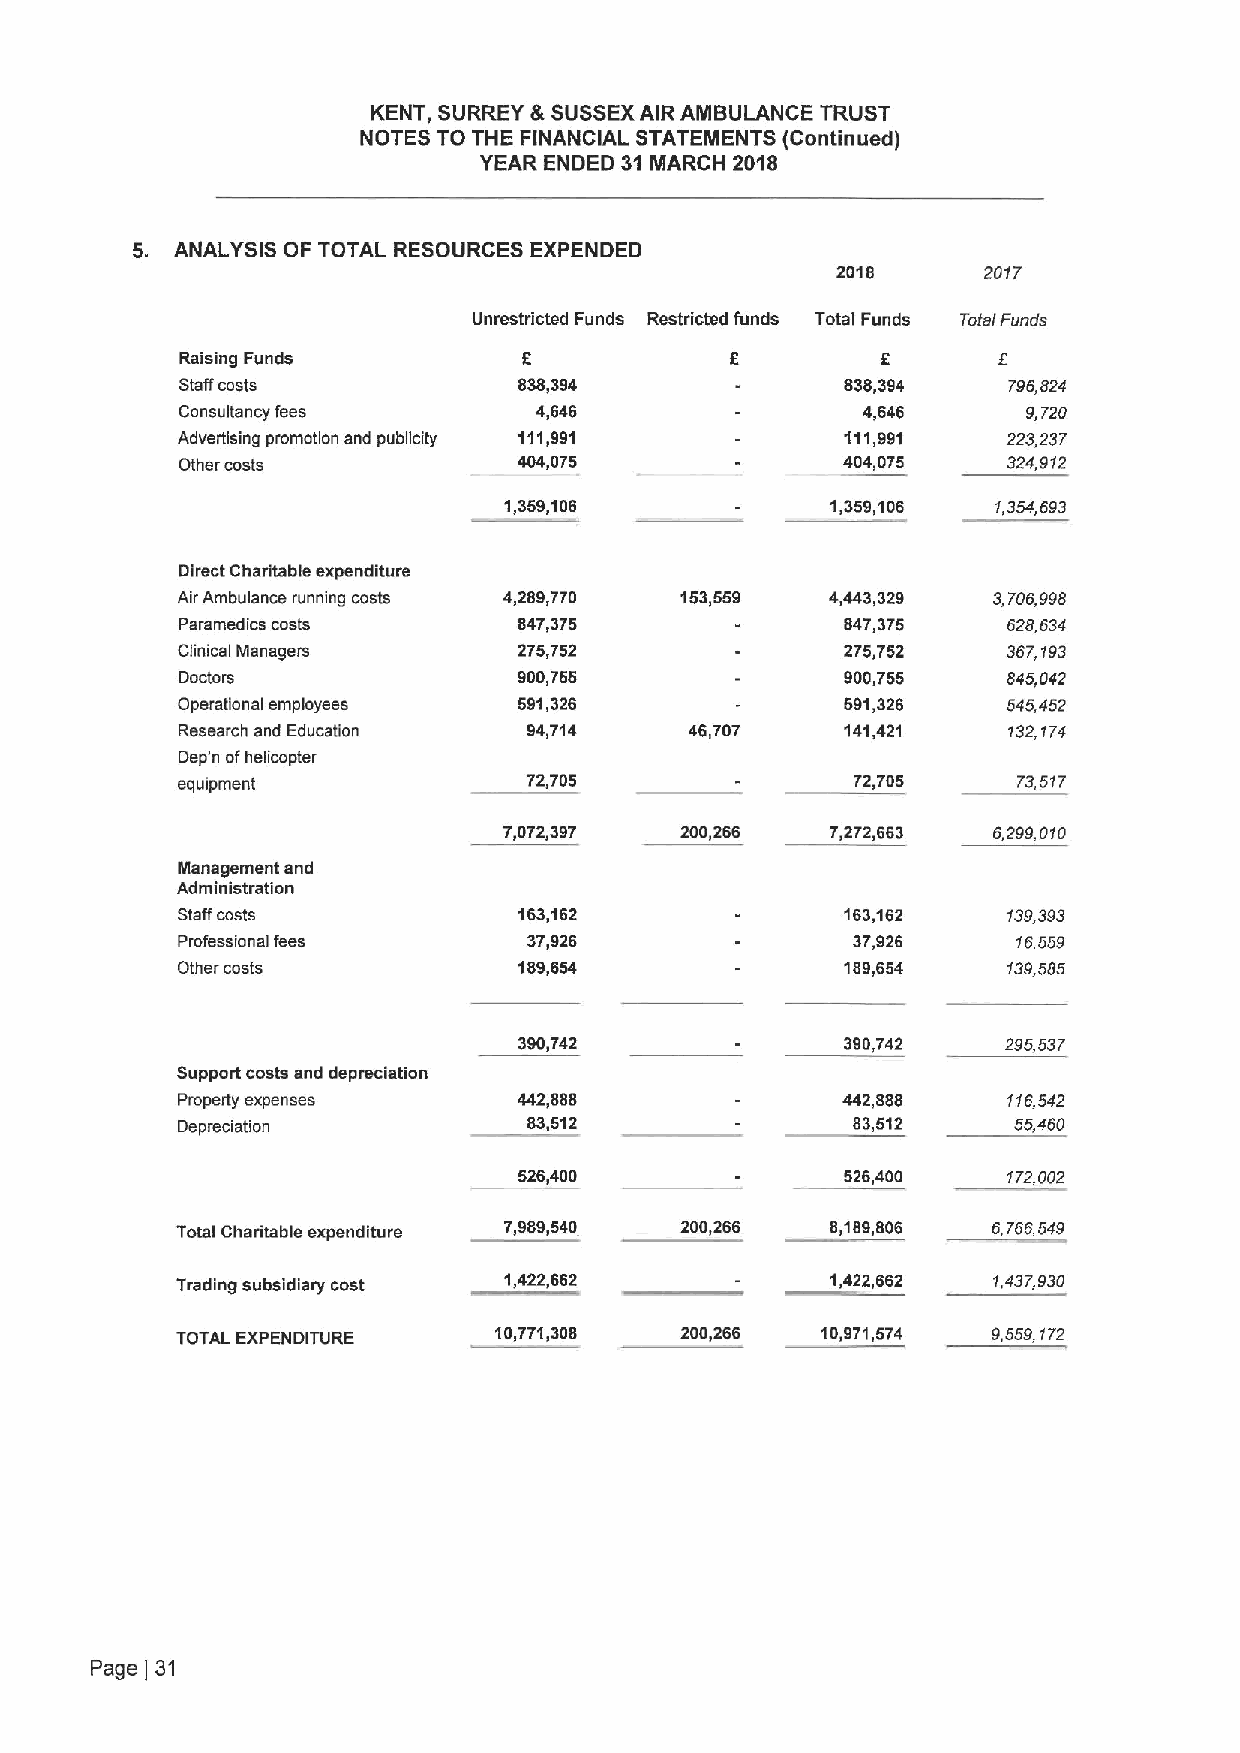
KENT, SURREY 8 SUSSEXAIR AMBULANCE TRUST
 NOTES TO THE FINANCIAL STATEMENTS (Continued)
 YEAR ENDED 31 MARCH 2018
 5. ANALYSIS OF TOTAL RESOURCES EXPENDED
 2018      2017
 Unrestdicted Funds Restricted funds Total Funds Total Funds
 f                              f
 Raising Funds                                 6
 Staffcosts            838,394               838,394    796,624
 Consultancy fees       4,646                 4,646      9,720
 Advertising promotion and publicity 111,991 111,991    223,237
 Other costs           404,075               404,075    324,912
 1,359,106             1,359,106  1,354,593
 Direct Charitable expenditure
 AirAmbulance running costs 4,289,770 153,559 4,443,329 3,706,998
 Paramedics costs      847,375               847,375    628,634
 Clinical Managers     275,752               275,752    367,193
 Doctors               900,755               900,755    845,042
 Operational employees 591,326               591,326    545,452
 Research and Education 94,714     46,707    141,421    132,174
 Dep'n ofhelicopter
 equipment              72,705                72,705    T3,517
 7,072,397   200,266   7,272,663  6,299,010
 Management and
 Administration
 Staffcosts            163,162               163,162    139,393
 Professional fees      37,926               37,926     16,559
 Other costs           189,654               189,654    139,585
 390,742               390,742    295,537
 Support costs and depreciation
 Property expenses     442,888               442,888    116,542
 Depreciation           83,512               83,512     55,460
 526,400               526,400    172,002
 Total Charitable expenditure 7,989,540 200,266 8,189,806 6,756,549
 Trading subsidiary cost 1,422,662          1,422,662  1,437,930
 TOTAL EXPENDITURE    10,771,308  200,266  10,971,574  9,559,172
 Page 31
 )